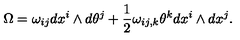
\Omega = \omega _ { i j } d x ^ { i } \wedge d \theta ^ { j } + \frac 1 2 \omega _ { i j , k } \theta ^ { k } d x ^ { i } \wedge d x ^ { j } .